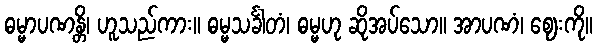
ဓမ္မာပဏန္တိ၊ ဟူသည်ကား။ ဓမ္မသင်္ခါတံ၊ ဓမ္မဟု ဆိုအပ်သော။ အာပဏံ၊ ဈေးကို။